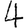
Digit: 4